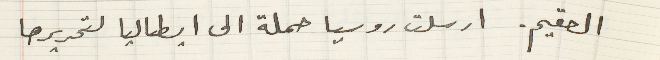
العقيم. ارسلت روسيا حملة الى ايطاليا لتحريرها